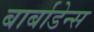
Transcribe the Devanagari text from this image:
बार्बाडेन्स